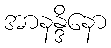
အာနန္ဒိနော